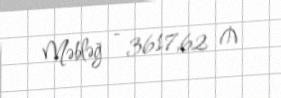
Məbləğ - 3617,62 ₼